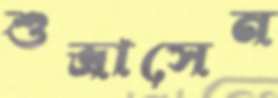
শুভ্রাসেন